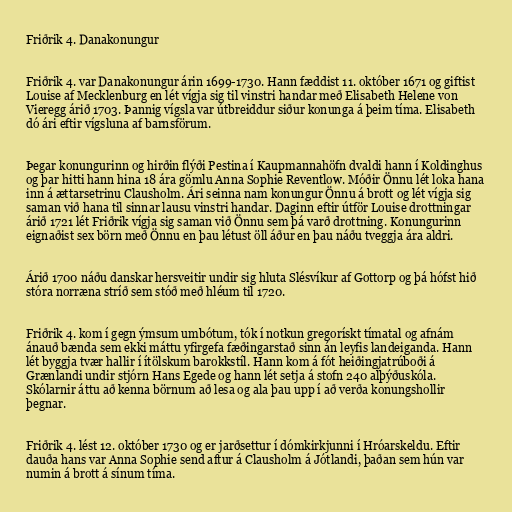
Friðrik 4. Danakonungur

Friðrik 4. var Danakonungur árin 1699-1730. Hann fæddist 11. október 1671 og giftist
Louise af Mecklenburg en lét vígja sig til vinstri handar með Elisabeth Helene von
Vieregg árið 1703. Þannig vígsla var útbreiddur siður konunga á þeim tíma. Elisabeth
dó ári eftir vígsluna af barnsförum.

Þegar konungurinn og hirðin flýði Pestina í Kaupmannahöfn dvaldi hann í Koldinghus
og þar hitti hann hina 18 ára gömlu Anna Sophie Reventlow. Móðir Önnu lét loka hana
inn á ættarsetrinu Clausholm. Ári seinna nam konungur Önnu á brott og lét vígja sig
saman við hana til sinnar lausu vinstri handar. Daginn eftir útför Louise drottningar
árið 1721 lét Friðrik vígja sig saman við Önnu sem þá varð drottning. Konungurinn
eignaðist sex börn með Önnu en þau létust öll áður en þau náðu tveggja ára aldri.

Árið 1700 náðu danskar hersveitir undir sig hluta Slésvíkur af Gottorp og þá hófst hið
stóra norræna stríð sem stóð með hléum til 1720.

Friðrik 4. kom í gegn ýmsum umbótum, tók í notkun gregorískt tímatal og afnám
ánauð bænda sem ekki máttu yfirgefa fæðingarstað sinn án leyfis landeiganda. Hann
lét byggja tvær hallir í ítölskum barokkstíl. Hann kom á fót heiðingjatrúboði á
Grænlandi undir stjórn Hans Egede og hann lét setja á stofn 240 alþýðuskóla.
Skólarnir áttu að kenna börnum að lesa og ala þau upp í að verða konungshollir
þegnar.

Friðrik 4. lést 12. október 1730 og er jarðsettur í dómkirkjunni í Hróarskeldu. Eftir
dauða hans var Anna Sophie send aftur á Clausholm á Jótlandi, þaðan sem hún var
numin á brott á sínum tíma.